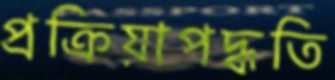
প্রক্রিয়াপদ্ধতি